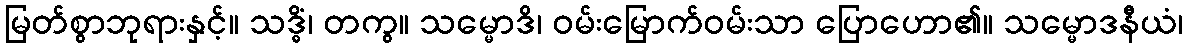
မြတ်စွာဘုရားနှင့်။ သဒ္ဓိံ၊ တကွ။ သမ္မောဒိ၊ ဝမ်းမြောက်ဝမ်းသာ ပြောဟော၏။ သမ္မောဒနီယံ၊